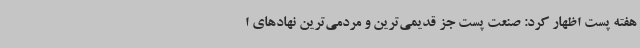
هفته پست اظهار کرد: صنعت پست جز قدیمی‌ترین و مردمی‌ترین نهادهای ا